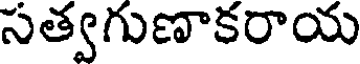
సత్వగుణాకరాయ